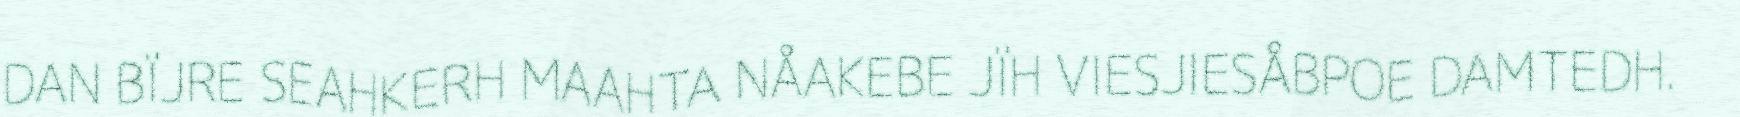
DAN BÏJRE SEAHKERH MAAHTA NÅAKEBE JÏH VIESJIESÅBPOE DAMTEDH.